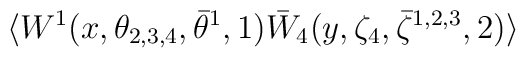
\langle W^{1}(x,\theta_{2,3,4}, \bar\theta^{1},1)  \bar W_4(y, \zeta_4, \bar\zeta^{1,2,3},2) \rangle